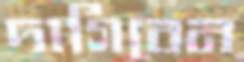
দাগিবেন